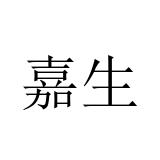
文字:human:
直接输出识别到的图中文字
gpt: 嘉生